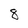
Character: 8